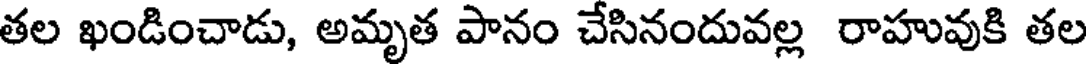
తల ఖండించాడు, అమృత పానం చేసినందువల్ల రాహువుకి తల